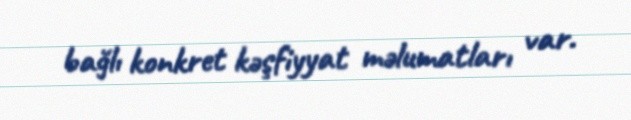
bağlı konkret kəşfiyyat məlumatları var.